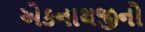
એકનાથજીનો